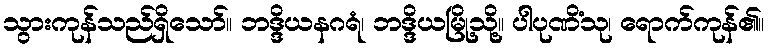
သွားကုန်သည်ရှိသော်။ ဘဒ္ဒိယနဂရံ၊ ဘဒ္ဒိယမြို့သို့။ ပါပုဏိံသု၊ ရောက်ကုန်၏။